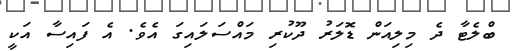
ބްލެޓާ ދެ މިލިއަން ޑޮލަރު ދޫކުރި މައްސަލައިގަ އެވެ. އެ ފައިސާ އަކީ